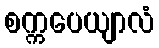
စက္ကပေယျာလံ